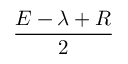
\frac { E - \lambda + R } { 2 }